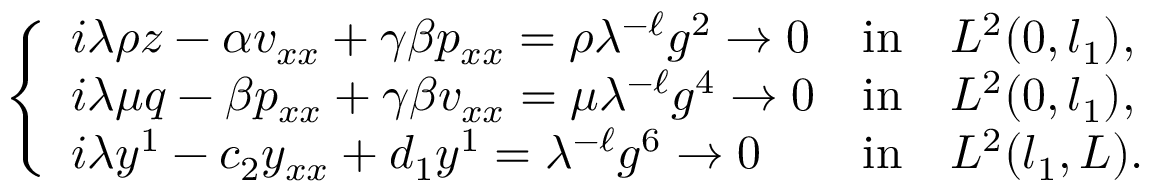
\left\{ \begin{array} { l l l } { i { \lambda } \rho z - \alpha v _ { x x } + \gamma \beta p _ { x x } = \rho { \lambda } ^ { - \ell } g ^ { 2 } \to 0 } & { \mathrm { i n } } & { L ^ { 2 } ( 0 , l _ { 1 } ) , } \\ { i { \lambda } \mu q - \beta p _ { x x } + \gamma \beta v _ { x x } = \mu { \lambda } ^ { - \ell } g ^ { 4 } \to 0 } & { \mathrm { i n } } & { L ^ { 2 } ( 0 , l _ { 1 } ) , } \\ { i { \lambda } y ^ { 1 } - c _ { 2 } y _ { x x } + d _ { 1 } y ^ { 1 } = { \lambda } ^ { - \ell } g ^ { 6 } \to 0 } & { \mathrm { i n } } & { L ^ { 2 } ( l _ { 1 } , L ) . } \end{array} \right.